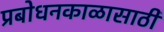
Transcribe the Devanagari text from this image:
प्रबोधनकाळासाठी